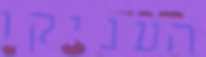
העניקו